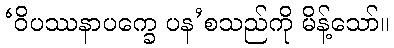
‘ဝိပဿနာပက္ခေ ပန’စသည်ကို မိန့်သော်။